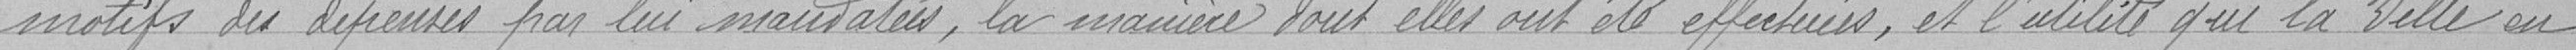
motifs des dépenses par lui mandatés, la manière dont elles ont été effectuées, et l'utilité que la Ville en